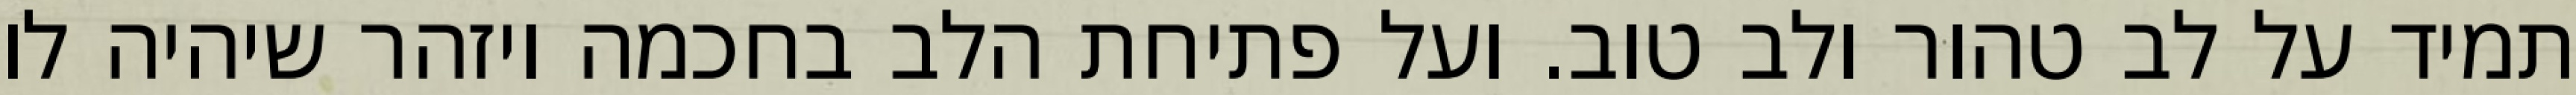
תמיד על לב טהור ולב טוב. ועל פתיחת הלב בחכמה ויזהר שיהיה לו